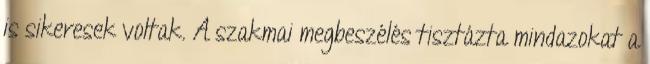
is sikeresek voltak. A szakmai megbeszélés tisztázta mindazokat a